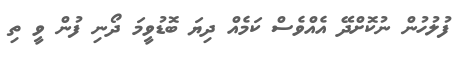
ފުލުހުން ނުކޮށްދޭ އެއްވެސް ކަމެއް ދިޔަ ބޮޑުވީމަ ދޯނި ފުން ވީ ތި